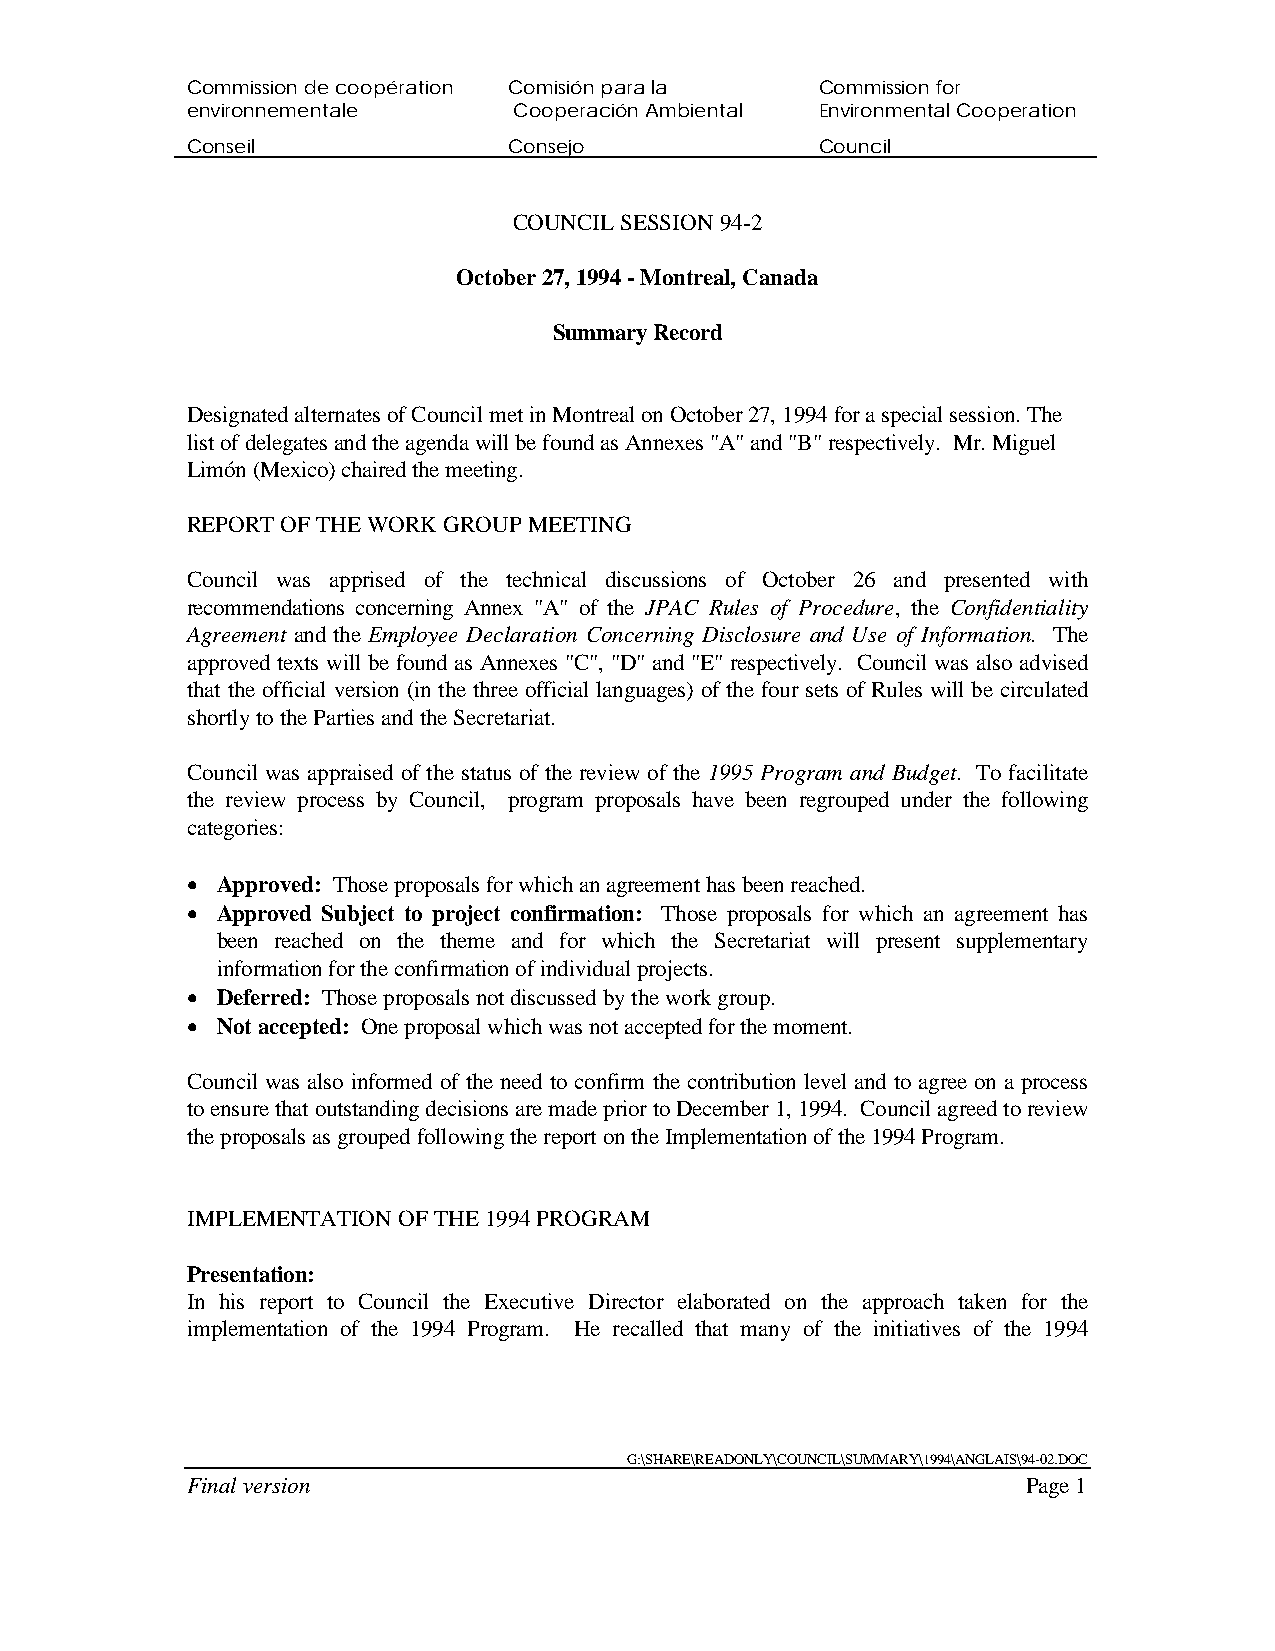
Commission de coopération Comisión para la Commission for
 environnementale      Cooperación Ambiental Environmental Cooperation
 Conseil               Consejo             Council
 COUNCIL SESSION 94-2
 October 27, 1994 - Montreal, Canada
 Summary Record
 Designated alternates of Council met in Montreal on October 27, 1994 for a special session. The
 list of delegates and the agenda will be found as Annexes "A" and "B" respectively. Mr. Miguel
 Limón (Mexico) chaired the meeting.
 REPORT OF THE WORK GROUP MEETING
 Council was apprised of the technical discussions of October 26 and presented with
 recommendations concerning Annex "A" of the JPAC Rules of Procedure, the Confidentiality
 Agreement and the Employee Declaration Concerning Disclosure and Use of Information. The
 approved texts will be found as Annexes "C", "D" and "E" respectively. Council was also advised
 that the official version (in the three official languages) of the four sets of Rules will be circulated
 shortly to the Parties and the Secretariat.
 Council was appraised of the status of the review of the 1995 Program and Budget. To facilitate
 the review process by Council, program proposals have been regrouped under the following
 categories:
 • Approved: Those proposals for which an agreement has been reached.
 • Approved Subject to project confirmation: Those proposals for which an agreement has
 been reached on the theme and for which the Secretariat will present supplementary
 information for the confirmation of individual projects.
 • Deferred: Those proposals not discussed by the work group.
 • Not accepted: One proposal which was not accepted for the moment.
 Council was also informed of the need to confirm the contribution level and to agree on a process
 to ensure that outstanding decisions are made prior to December 1, 1994. Council agreed to review
 the proposals as grouped following the report on the Implementation of the 1994 Program.
 IMPLEMENTATION OF THE 1994 PROGRAM
 Presentation:
 In his report to Council the Executive Director elaborated on the approach taken for the
 implementation of the 1994 Program. He recalled that many of the initiatives of the 1994
 G:\SHARE\READONLY\COUNCIL\SUMMARY\1994\ANGLAIS\94-02.DOC
 Final version                                           Page 1